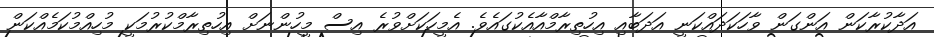
އަދާކުރާކަން އަންގަން ވާހަކަދައްކަނީ އަދަބާއި އިހުތިރާމްއާއެކުގައެވެ. އެމީހަކަށްވުރެ އިސް މީހުންނަށް އިހުތިރާމްކުރުމަކީ މުހިއްމުކަމެއްކަން